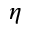
\eta